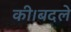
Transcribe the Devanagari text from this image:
की।बदले